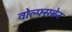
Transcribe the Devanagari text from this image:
वोल्फ्सबेन